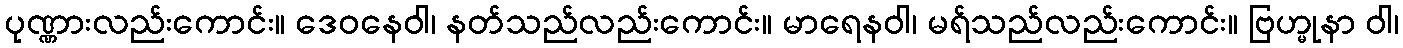
ပုဏ္ဏားလည်းကောင်း။ ဒေဝနေဝါ၊ နတ်သည်လည်းကောင်း။ မာရေနဝါ၊ မရ်သည်လည်းကောင်း။ ဗြဟ္မုနာ ဝါ၊